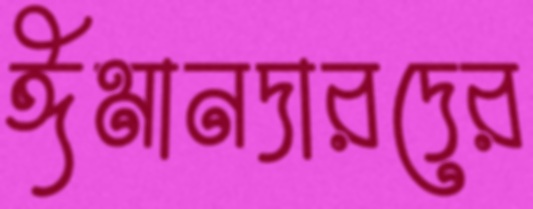
ঈমানদারদের